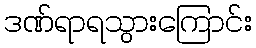
ဒဏ်ရာရသွားကြောင်း